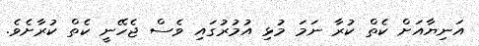
އަނިޔާއަށް ކެތް ކުރާ ނަމަ މުޅި އުމުރުގައި ވެސް ޖެހޭނީ ކެތް ކުރާށެވެ.